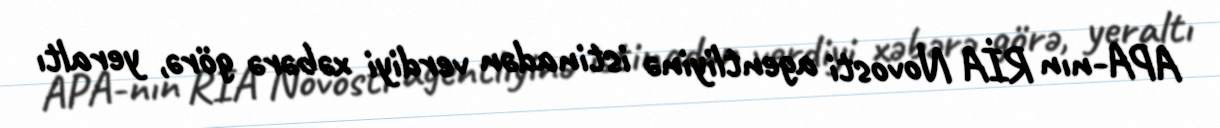
APA-nın RİA Novosti agentliyinə istinadən verdiyi xəbərə görə, yeraltı